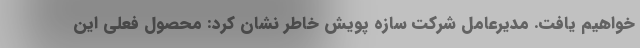
خواهیم یافت. مدیرعامل شرکت سازه پویش خاطر نشان کرد: محصول فعلی این